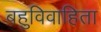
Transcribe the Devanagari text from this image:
बहुविवाहिता